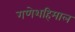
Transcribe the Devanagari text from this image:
गणेशहिमाल